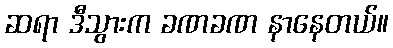
ဆရာ ဒီသွားက ခဏခဏ နာနေတယ်။